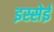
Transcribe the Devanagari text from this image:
इस्सेई